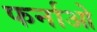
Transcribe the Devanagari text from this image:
फर्नाओ